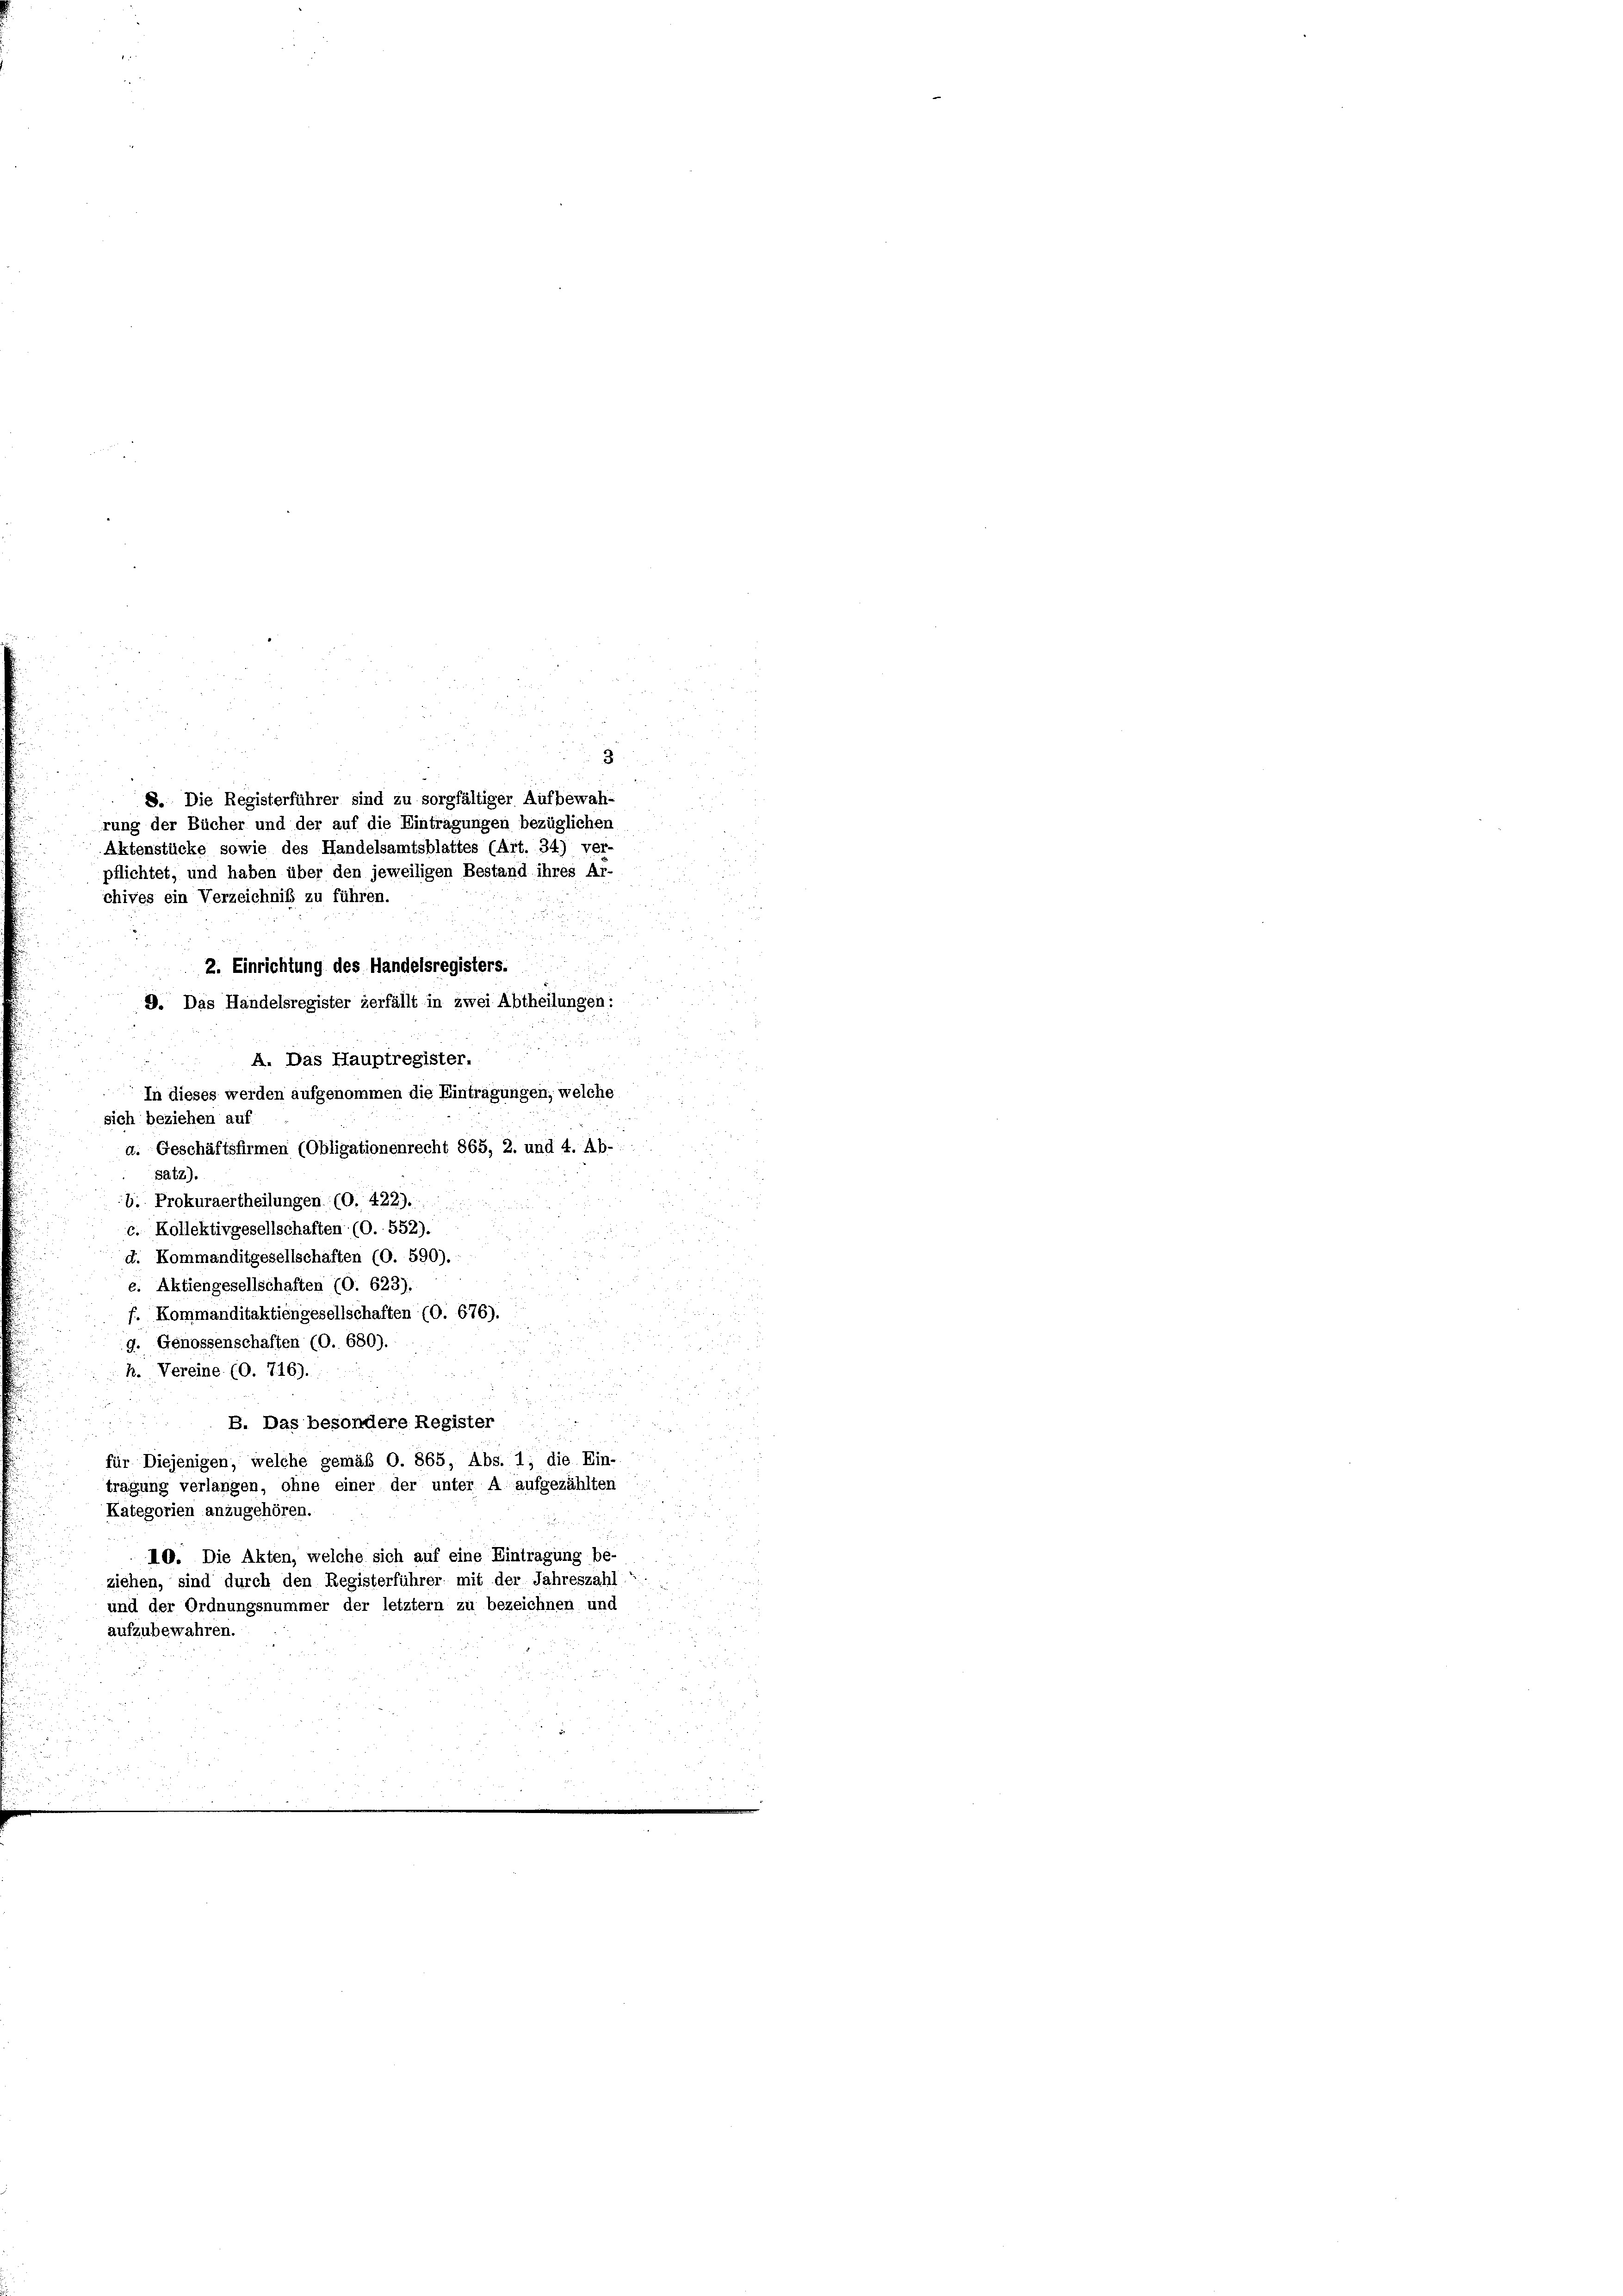
rung der Bücher und der auf die Eintragungen bezüglichen
n
sich beziehen auf
a. Geschäftsfirmen (Obligationenrecht 865, 2. und 4. Ab-
satz).
b. Prokuraertheilungen (O. 422).
c. Kollektivgesellschaften (O. 552).
d. Kommanditgesellschaften (O. 590).
e. Aktiengesellschaften (O. 623).
f. Kommanditaktiengesellschaften (O. 676).
9. Genossenschaften (O. 680).
h. Vereine (O. 716).
u
2
B. Das besondere Register

für Diejenigen, welche gemäß O. 865, Abs. 1; die Ein-
tragung verlangen, ohne einer der unter A. aufgezählten
Kategorien anzugehören.
u
10. Die Akten, welche sich auf eine Eintragung be-
ziehen, sind durch den Registerführer mit der Jahreszahl
und der Ordnungsnummer der letztem zu bezeichnen und
aufzubewahren.

3
8. Die Registerführer sind zu sorgfältiger Aufbewah-

Aktenstücke sowie des Handelsamtsblattes (Art. 34) ver-
pflichtet, und haben über den jeweiligen Bestand ihres Ar-
chives ein Verzeichniß zu führen.
2. Einrichtung des Handelsregisters.
D. Das Handelsregister zerfällt in zwei Abtheilungen:
 A. Das Hauptregister..
In dieses werden aufgenommen die Eintragungen, welche